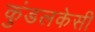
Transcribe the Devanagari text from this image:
कुंडलकेसी